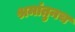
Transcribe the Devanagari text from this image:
श्रमांतुनच